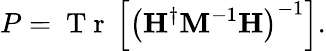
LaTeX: P=\mathrm{~T~r~}\left[\left(\mathbf{H}^{\dagger}\mathbf{M}^{-1}\mathbf{H}\right)^{-1}\right].